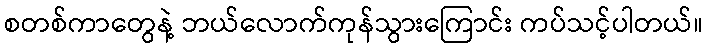
စတစ်ကာတွေနဲ့ ဘယ်လောက်ကုန်သွားကြောင်း ကပ်သင့်ပါတယ်။